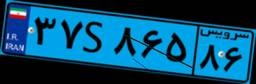
۳۷S۸۶۵۸۶